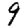
Digit: 9